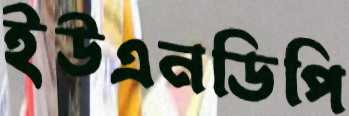
ইউএনডিপি